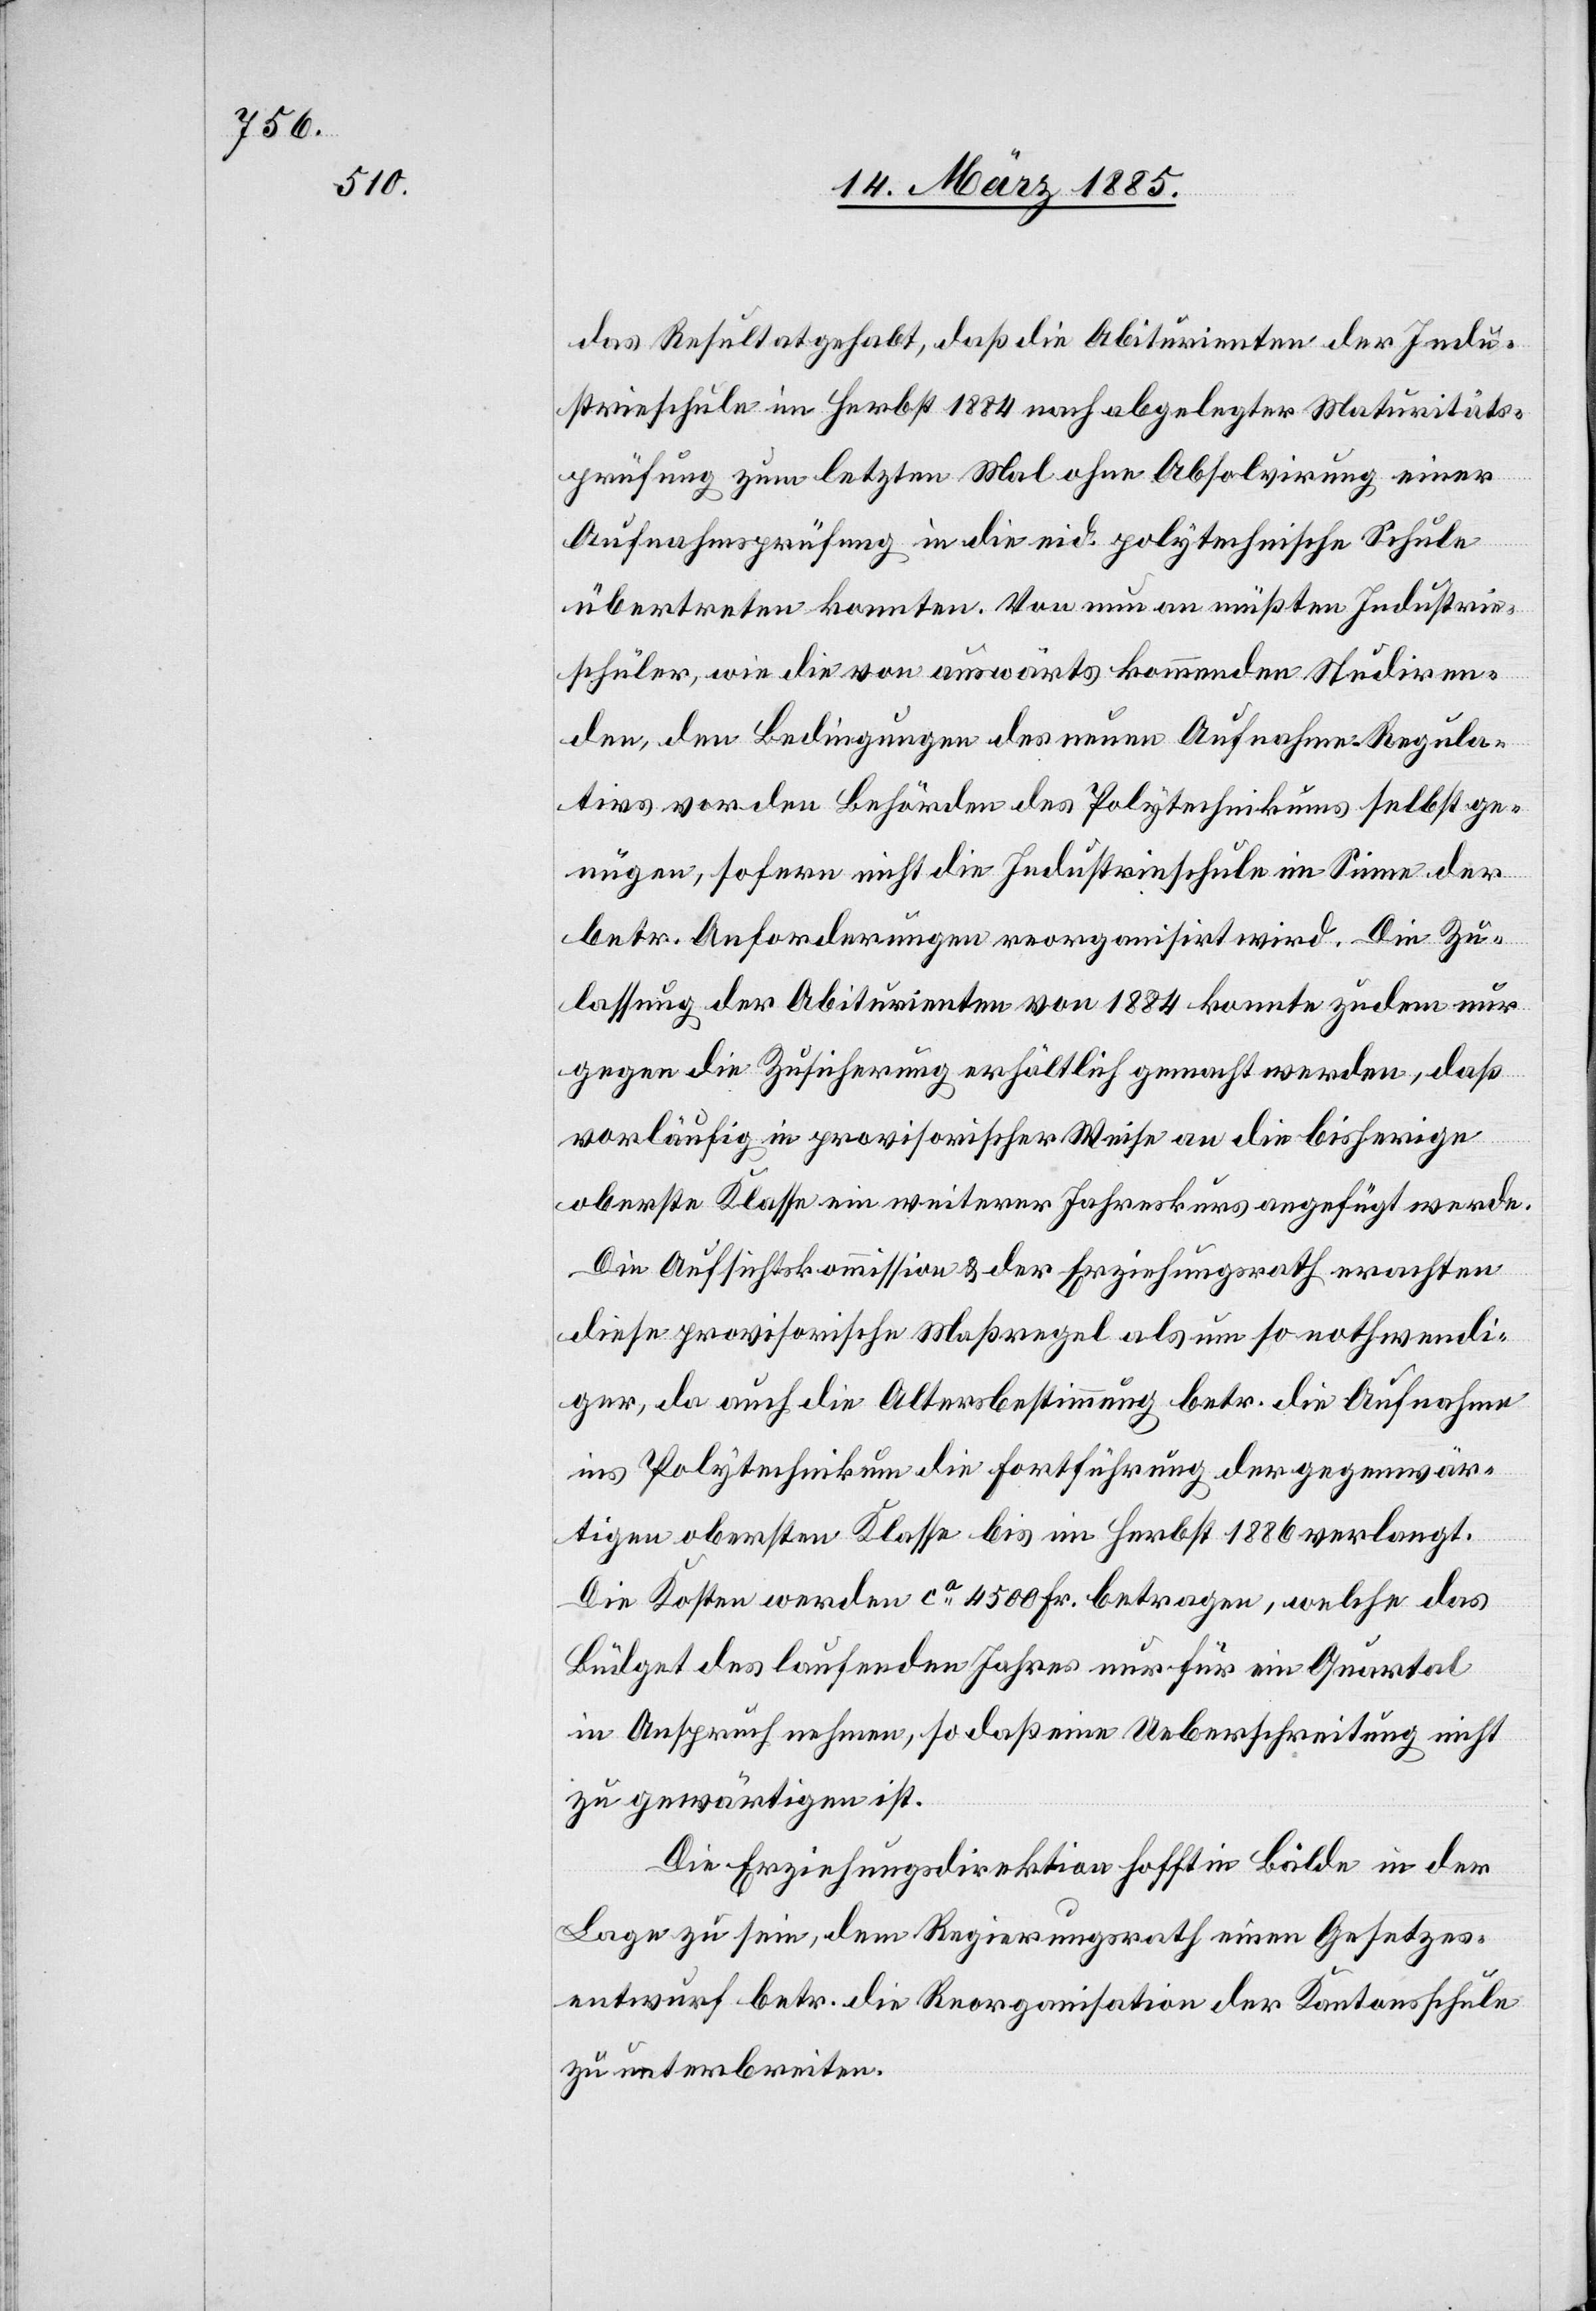
das Resultat gehabt, daß die Abiturienten der Indu¬
strieschule im Herbst 1884 nach abgelegter Maturitäts¬
prüfung zum letzten Mal ohne Absolvirung einer
Aufnahmsprüfung in die eid. polytechnische Schule
übertrete konnten. Von nun an müßten Industrie¬
schüler, wie die von auswärts kommenden Studiren¬
den, den Bedingungen des neuen Aufnahme-Regula¬
tivs vor den Behörden des Polytechnikums selbst ge¬
nügen, sofern nicht die Industrieschule im Sinne der
betr. Anforderungen reorganisirt wird. Die Zu¬
lassung der Abiturienten von 1884 konnte zudem nur
gegen die Zusicherung erhältlich gemacht werden, daß
vorläufig in provisorischer Weise an die bisherige
oberste Klasse ein weiterer Jahreskurs angefügt werde.
Die Aufsichtskommission & der Erziehungsrath erachten
diese provisorische Maßregel als um so nothwendi¬
ger, da auch die Altersbestimmung betr. die Aufnahme
ins Polytechnikum die Fortführung der gegenwär¬
tigen obersten Klasse bis im Herbst 1886 verlangt.
Die Kosten werden ca 4500 Fr. betragen, welche das
Büdget des laufenden Jahres nur für ein Quartal
in Anspruch nehmen, so daß eine Ueberschreitung nicht
zu gewärtigen ist.
Die Erziehungsdirektion hofft in Bälde in der
Lage zu sein, dem Regierungsrath einen Gesetzes¬
entwurf betr. die Reorganisation der Kantonsschule
zu unterbreiten.